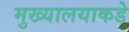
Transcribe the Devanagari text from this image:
मुख्यालयाकडे